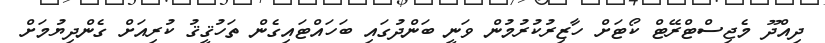
ދިއްދޫ މެޖިިސްޓްރޭޓް ކޯޓަށް ހާޒިރުކުރުމުން ވަނީ ބަންދުގައި ބަހައްޓައިގެން ތަހުޤީޤު ކުރިއަށް ގެންދިޔުމަށް